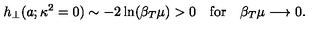
h _ { \perp } ( a ; \kappa ^ { 2 } = 0 ) \sim - 2 \ln ( \beta _ { T } \mu ) > 0 \quad \mathrm { f o r } \quad \beta _ { T } \mu \longrightarrow 0 .